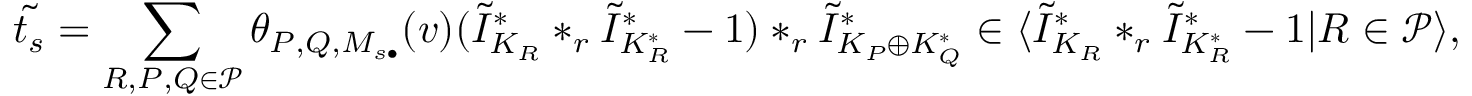
\tilde { t _ { s } } = \sum _ { R , P , Q \in { \mathcal P } } \theta _ { P , Q , M _ { s \bullet } } ( v ) ( \tilde { I } _ { K _ { R } } ^ { * } * _ { r } \tilde { I } _ { K _ { R } ^ { * } } ^ { * } - 1 ) * _ { r } \tilde { I } _ { K _ { P } \oplus K _ { Q } ^ { * } } ^ { * } \in \langle \tilde { I } _ { K _ { R } } ^ { * } * _ { r } \tilde { I } _ { K _ { R } ^ { * } } ^ { * } - 1 | R \in { \mathcal P } \rangle ,